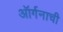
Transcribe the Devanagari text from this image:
ऑर्गनाची